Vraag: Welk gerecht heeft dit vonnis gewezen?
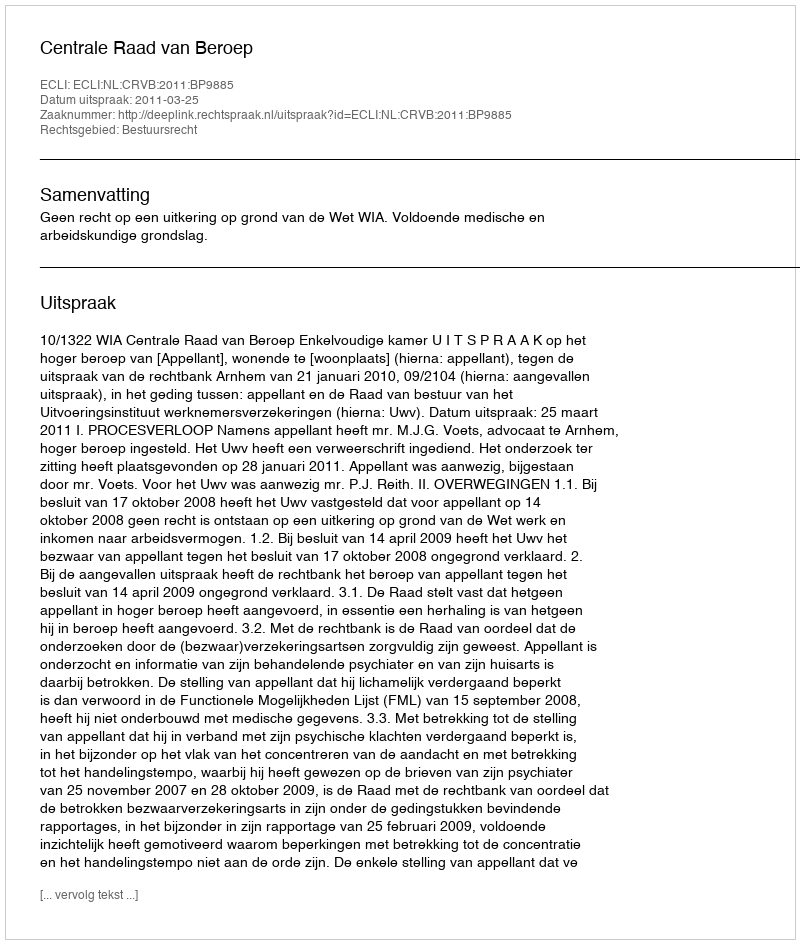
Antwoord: Centrale Raad van Beroep